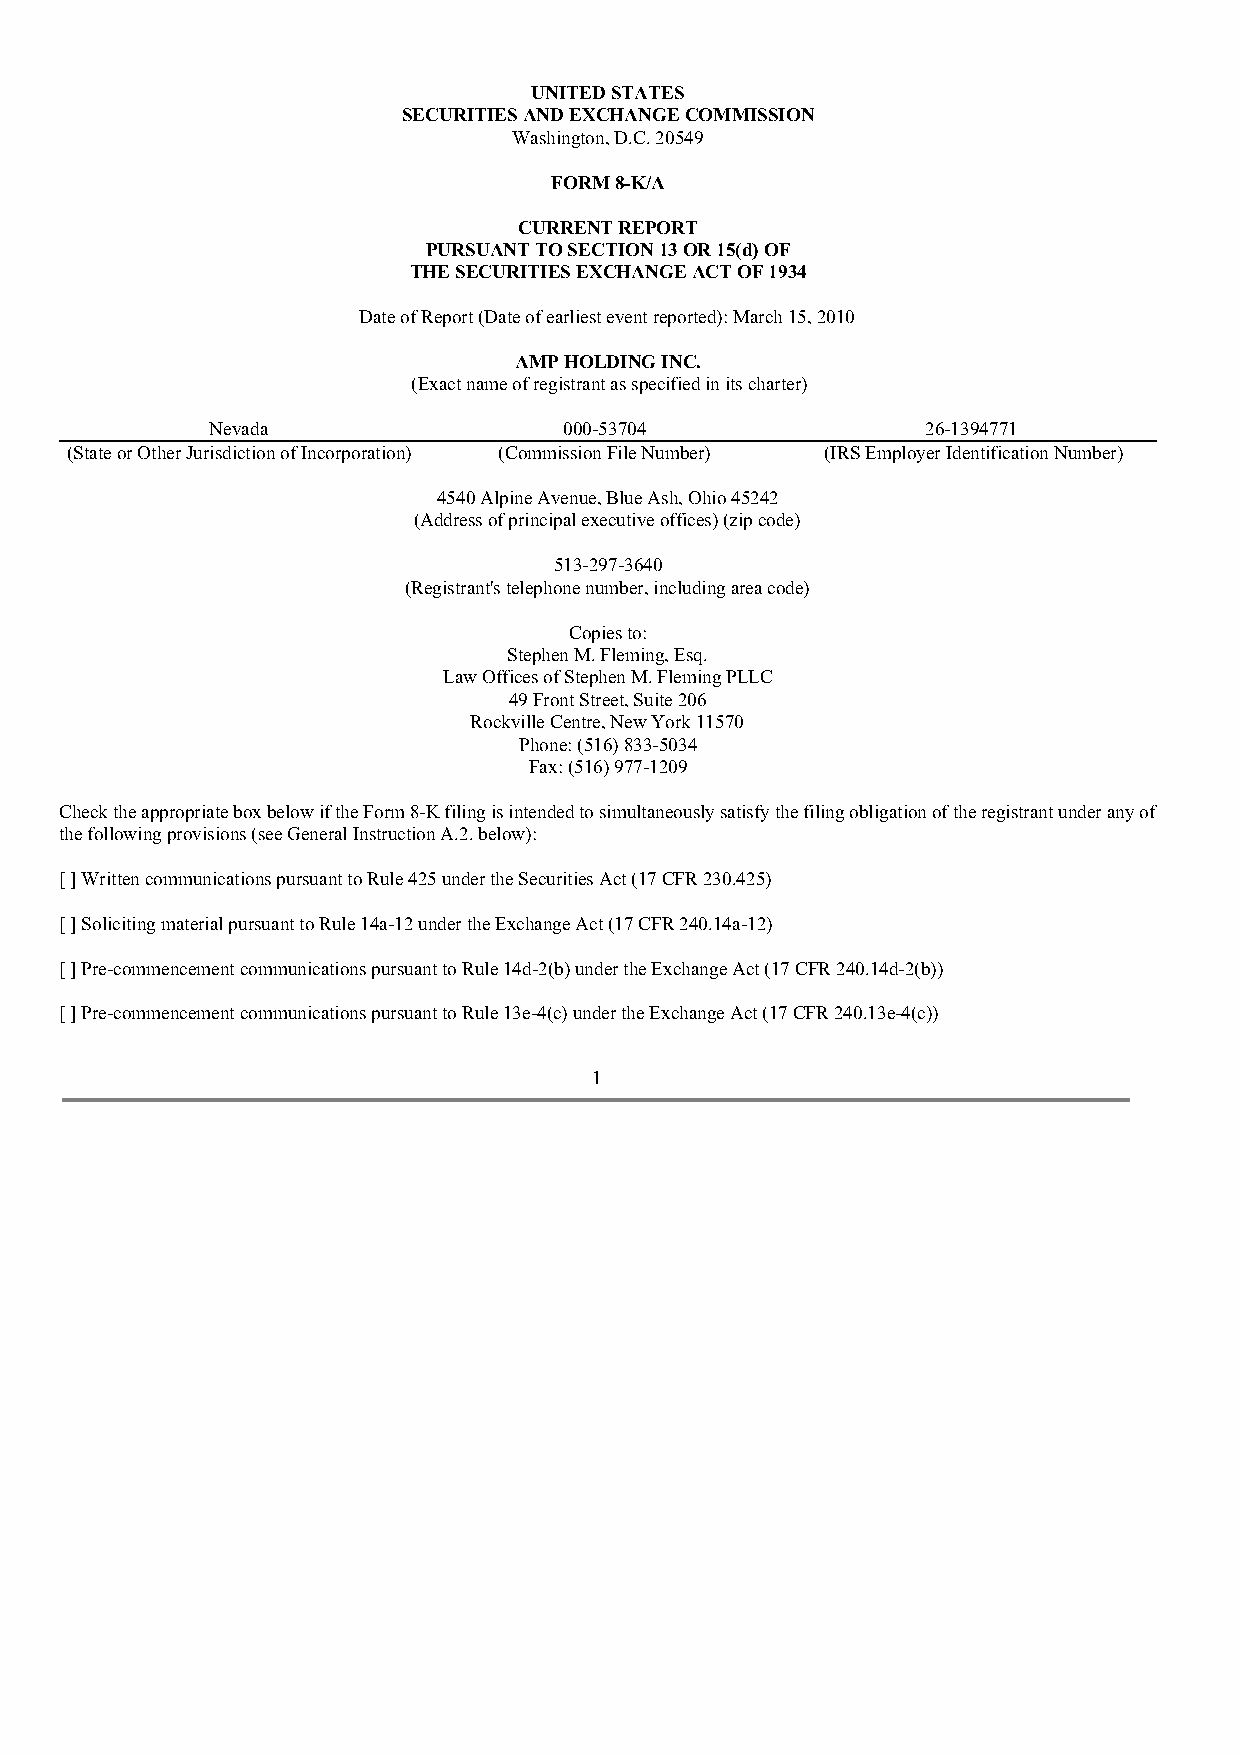
UNITED STATES
 SECURITIES AND EXCHANGE COMMISSION
 Washington, D.C. 20549
 FORM 8-K/A
 CURRENT REPORT
 PURSUANT TO SECTION 13 OR 15(d) OF
 THE SECURITIES EXCHANGE ACT OF 1934
 Date of Report (Date of earliest event reported): March 15, 2010
 AMP HOLDING INC.
 (Exact name of registrant as specified in its charter)
 Nevada                 000-53704               26-1394771
 (State or Other Jurisdiction of Incorporation) (Commission File Number) (IRS Employer Identification Number)
 4540 Alpine Avenue, Blue Ash, Ohio 45242
 (Address of principal executive offices) (zip code)
 513-297-3640
 (Registrant's telephone number, including area code)
 Copies to:
 Stephen M. Fleming, Esq.
 Law Offices of Stephen M. Fleming PLLC
 49 Front Street, Suite 206
 Rockville Centre, New York 11570
 Phone: (516) 833-5034
 Fax: (516) 977-1209
 Check the appropriate box below if the Form 8-K filing is intended to simultaneously satisfy the filing obligation of the registrant under any of
 the following provisions (see General Instruction A.2. below):
 [ ] Written communications pursuant to Rule 425 under the Securities Act (17 CFR 230.425)
 [ ] Soliciting material pursuant to Rule 14a-12 under the Exchange Act (17 CFR 240.14a-12)
 [ ] Pre-commencement communications pursuant to Rule 14d-2(b) under the Exchange Act (17 CFR 240.14d-2(b))
 [ ] Pre-commencement communications pursuant to Rule 13e-4(c) under the Exchange Act (17 CFR 240.13e-4(c))
 1